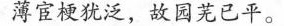
薄宦梗犹泛，故园芜已平。